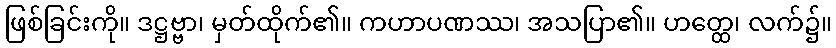
ဖြစ်ခြင်းကို။ ဒဋ္ဌဗ္ဗာ၊ မှတ်ထိုက်၏။ ကဟာပဏဿ၊ အသပြာ၏။ ဟတ္ထေ၊ လက်၌။